Calcutta medical institutions reports 1871-78
Year: 1871
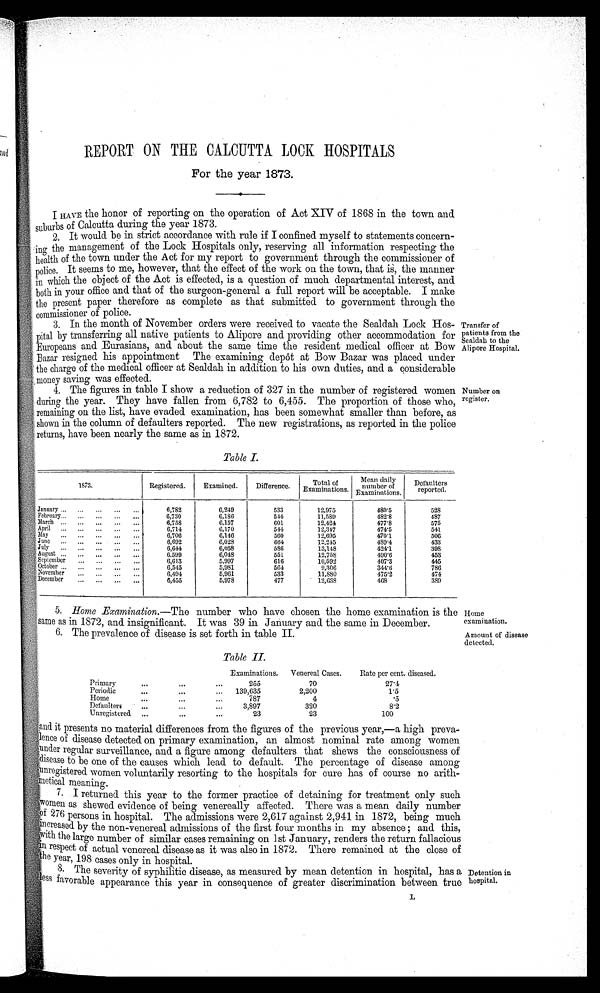
REPORT ON THE CALCUTTA LOCK HOSPITALS
For the year 1873.
I HAVE the honor of reporting on the operation of Act XIV of 1868 in the town and
suburbs of Calcutta during the year 1873.
2. It would be in strict accordance with rule if I confined myself to statements concern
-
ing the management of the Lock Hospitals only, reserving all information respecting the
health of the town under the Act for my report to government through the commissioner o
f
police It seems to me, however, that the effect of the work on the town, that is, the manner
,. po .
1 0 i n which the object of the Act is effected, is a question of much departmental interest, and
., both in your office and that of the surgeon-general a full report will be acceptable. I make
3 •;. 1 the present paper therefore as complete as that submitted to government through the
'r ! commissioner of police.
3. In the month of November orders were received to vacate the Sealdah Lock Hos-
' 3
,3'' 'N.. pital by transferring all native patients to Alipore and providing other accommodation for
: Europeans and . Eurasians, and about the same time the resident medical officer at Bow
n`' Bazar resi g ned his appointment The examining depot at Bow Bazar was placed under
0
04,
A the charge of the medical officer at Sealdah in addition to his own duties, and a considerable
•
,
...A, money saving was effected.
N 4. The figures in table I show a reduction of 327 in the number of registered women
:" during the year. They have fallen from 6,782 to 6,455. The proportion of those who,
' , : 4 remainin o. on the list, have evaded examination, has been somewhat smaller than before, as
4k remaining
N,:, shown in the column of defaulters reported. The new registrations, as reported in the police
;r. t. returns, have been nearly the same as in 1872.
i, .
Transfer of
patients from the
Sealdah to the
Alipore Hospital.
Number on
register.
Table I.
1873.
Registered.
Examined.
Difference.
Total of
Examinations.
Mean daily
number of
Examination s.
Defaulters
reported.
January ...
...
...
...
6,782
6,249
533
12,075
480'5
528
February...
...
...
...
6,730
6,180
544
11,559
482'8
487
March ...
6,758
6,157
601
12,424
477'8
575
April
...
...
...
...
6,711
6,170
544
12,347
474'5
541
E
flay
6,706
6,146
500
12,695
470'1
506
June
...
...
...
...
...
6,692
6,028
661
12,215
489'4
433
6,614
6,058
5S5
13,118
424'1
398
August ...
...
...
...
...
6.599
6,048
551
12,758
490'6
453
C. eptember
...
...
...
...
6,613
5,997
616
10,592
407'3
445
October.. .
...
...
...
...
6,545
5,981
561
9,306
311'6
786
"November
...
...
6,404
5,961
533
11,S80
4752
174
:' December
.. .
...
....
...
6,455
5,978
477
12,638
468
389
,,,..F
5. Home Examination.-The number who have chosen the home examination is the
same as in 1872, and insignificant. It was 39 in, January and the same in December.
6. The prevalence of disease is set forth in table II.
II.
Primary
...
•••
...Table
Examinations.
Venereal Cases.
Rate per cent. diseased.
2:55
70
271
Periodic... ...
...
139,635
2,200
1'5
Home
...
...
...
787
4
'5
Defaulter;
...
...
3,897
320
8'2
Unregistered.
...
..•
...
23
23
100
Heine
examination.
Amount of disease
detected.
EAnd it presents no material differences from the figures of the previous year,-a high preva-
elt Mlenee of clisease detected on primary examination, an almost nominal rate among women
uuder regular surveillance, and a figure among defaulters that shows the consciousness of
{:di sease to be one of the causes which lead to default. The percentage of disease among
1 4, (1
,(u nregistered women voluntarily resorting to the hospitals for cure has of course
arith-
etical meaning.
F OC:
7. I returned this year to the former practice of detaining for treatment only such
. -'wornen as sheaved evidence of being venereally affected. There was a mean daily number
z
2 n
to persons in hospital- . The admissions were 2,617 against 2,941 in. 1872, being much
]creased by the non-venereal admissions of the first four months in my absence ; and this,
,o#4 . •
Ith. the large number of similar cases remaining on 1st January, renders the return fallacious
O il respect of actual venereal disease as it was also in 1872. There remained at the close of
01 ::Ohe year, 198 cases only in hospital.
. 8. The severity of syphilitic disease, as measured by mean detention in hospital, has a
less favorable appearance this year in consequence of greater discrimination between true
A*-4,
Detention in
hospital.